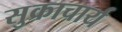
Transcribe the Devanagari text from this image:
सुक्राचार्य